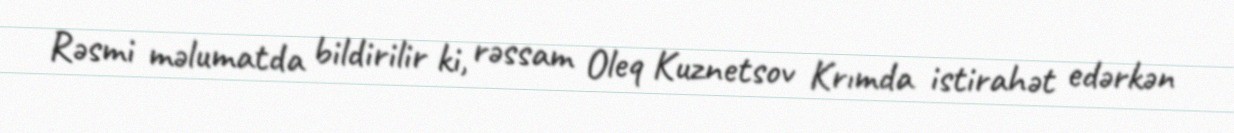
Rəsmi məlumatda bildirilir ki, rəssam Oleq Kuznetsov Krımda istirahət edərkən